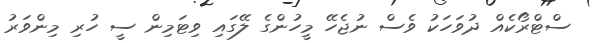
ސްޓްރޯކެއް ދުވަހަކު ވެސް ނުޖެހޭ މީހުންގެ ލޭގައި ވިޓަމިން ސީ ހުރި މިންވަރު